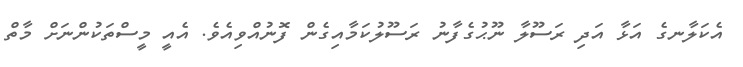
އެކަލާނގެ އަޅާ އަދި ރަސޫލާ ނޫޙުގެފާނު ރަސޫލުކަމާއިގެން ފޮނުއްވިއެވެ. އެއީ މީސްތަކުންނަށް މާތް